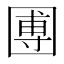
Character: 圑